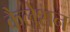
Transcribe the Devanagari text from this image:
कैलेशन